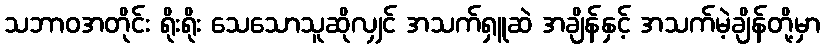
သဘာဝအတိုင်း ရိုးရိုး သေသောသူဆိုလျှင် အသက်ရှူဆဲ အချိန်နှင့် အသက်မဲ့ချိန်တို့မှာ